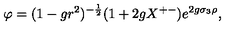
\varphi = ( 1 - g r ^ { 2 } ) ^ { - { \frac { 1 } { 2 } } } ( 1 + 2 g X ^ { + - } ) e ^ { 2 g \sigma _ { 3 } \rho } ,